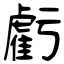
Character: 虧